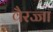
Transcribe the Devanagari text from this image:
वैरज्जा